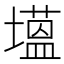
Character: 𮰯